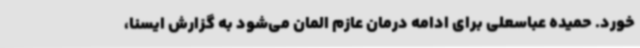
خورد. حمیده عباسعلی برای ادامه درمان عازم المان می‌شود به گزارش ایسنا،